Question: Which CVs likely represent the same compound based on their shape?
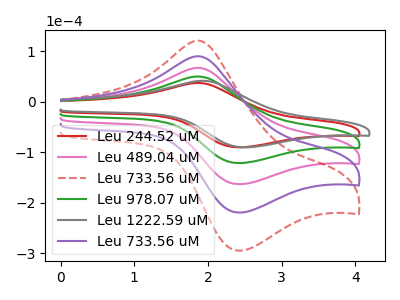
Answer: <think>The red curve "Leu 244.52 uM" has an anodic peak at (1.85V, 36.90uA) and a cathodic peak at (2.40V, -90.35uA). The pink curve "Leu 489.04 uM" has an anodic peak at (1.85V, 99.15uA) and a cathodic peak at (2.40V, -242.85uA). The red dashed curve "Leu 733.56 uM" has an anodic peak at (1.85V, 198.30uA) and a cathodic peak at (2.40V, -485.75uA). The green curve "Leu 978.07 uM" has an anodic peak at (1.85V, 49.60uA) and a cathodic peak at (2.40V, -121.45uA). The gray curve "Leu 1222.59 uM" has an anodic peak at (1.90V, 41.15uA) and a cathodic peak at (2.50V, -90.35uA). The purple curve "Leu 733.56 uM" has an anodic peak at (1.85V, 148.75uA) and a cathodic peak at (2.40V, -364.30uA).
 All the peaks in "Leu 244.52 uM" have a peak in "Leu 489.04 uM" at the same potential. Every peak in "Leu 244.52 uM" is lower than every peak in "Leu 489.04 uM". All the peaks in "Leu 244.52 uM" have a peak in "Leu 733.56 uM" at the same potential. Every peak in "Leu 244.52 uM" is lower than every peak in "Leu 733.56 uM". All the peaks in "Leu 244.52 uM" have a peak in "Leu 978.07 uM" at the same potential. Every peak in "Leu 244.52 uM" is lower than every peak in "Leu 978.07 uM". "Leu 244.52 uM" and "Leu 1222.59 uM" have at least one peak that do not match. All the peaks in "Leu 244.52 uM" have a peak in "Leu 733.56 uM" at the same potential. Every peak in "Leu 244.52 uM" is lower than every peak in "Leu 733.56 uM". All the peaks in "Leu 489.04 uM" have a peak in "Leu 733.56 uM" at the same potential. Every peak in "Leu 489.04 uM" is lower than every peak in "Leu 733.56 uM". All the peaks in "Leu 489.04 uM" have a peak in "Leu 978.07 uM" at the same potential. Every peak in "Leu 489.04 uM" is higher than every peak in "Leu 978.07 uM". "Leu 489.04 uM" and "Leu 1222.59 uM" have at least one peak that do not match. All the peaks in "Leu 489.04 uM" have a peak in "Leu 733.56 uM" at the same potential. Every peak in "Leu 489.04 uM" is lower than every peak in "Leu 733.56 uM". All the peaks in "Leu 733.56 uM" have a peak in "Leu 978.07 uM" at the same potential. Every peak in "Leu 733.56 uM" is higher than every peak in "Leu 978.07 uM". "Leu 733.56 uM" and "Leu 1222.59 uM" have at least one peak that do not match. All the peaks in "Leu 733.56 uM" have a peak in "Leu 733.56 uM" at the same potential. Every peak in "Leu 733.56 uM" is higher than every peak in "Leu 733.56 uM". "Leu 978.07 uM" and "Leu 1222.59 uM" have at least one peak that do not match. All the peaks in "Leu 978.07 uM" have a peak in "Leu 733.56 uM" at the same potential. Every peak in "Leu 978.07 uM" is lower than every peak in "Leu 733.56 uM". "Leu 1222.59 uM" and "Leu 733.56 uM" have at least one peak that do not match.</think>
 <answer>"Leu 244.52 uM", "Leu 489.04 uM", "Leu 733.56 uM", "Leu 978.07 uM" and "Leu 733.56 uM" have the same shape and are likely CV's of the same chemical.</answer>
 <eval>"Leu 244.52 uM" "Leu 489.04 uM" "Leu 733.56 uM" "Leu 978.07 uM" "Leu 733.56 uM"</eval>